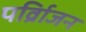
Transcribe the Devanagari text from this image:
पर्व्रािजन